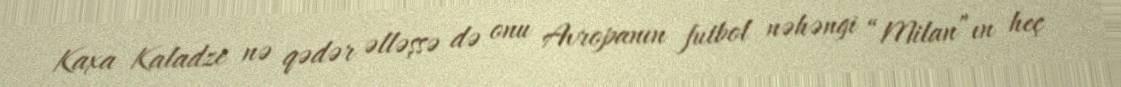
Kaxa Kaladze nə qədər əlləşsə də onu Avropanın futbol nəhəngi “Milan”ın heç